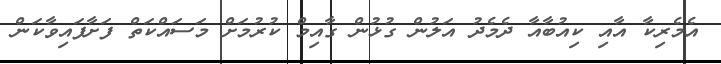
އެމެރިކާ އާއި ކިއުބާއާ ދެމެދު އަލުން ގުޅުން ގާއިމް ކުރުމަށް މަސައްކަތް ފަށާފައިވާކަން